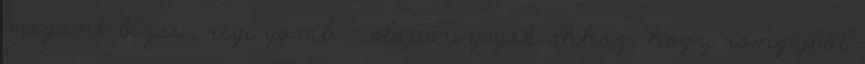
megunt bizsu, régi gomb - alapanyagok ahhoz, hogy rongyból